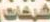
شركات